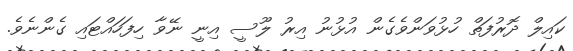
ކައިލް ދޮރުފަތް ހުޅުވަންވެގެން އުޅުނު އިރު ލޫސީ އިނީ ނޭވާ ހިފަހައްޓައި ގެންނެވެ.